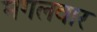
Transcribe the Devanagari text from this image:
मगलवार